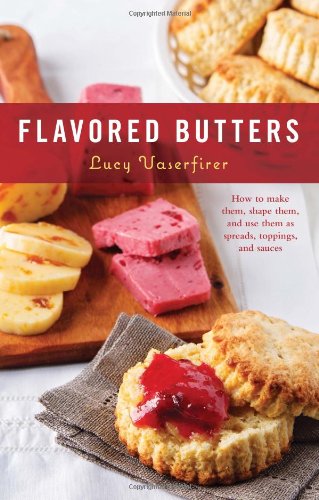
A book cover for Flavored Butters: How to Make Them, Shape Them, and Use Them as Spreads, Toppings, and Sauces (50 Series); Lucy Vaserfirer; Cookbooks, Food & Wine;